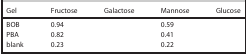
<table><thead><tr><td><b>Gel</b></td><td><b>Fructose</b></td><td><b>Galactose</b></td><td><b>Mannose</b></td><td><b>Glucose</b></td></tr></thead><tbody><tr><td>BOB</td><td>0.94</td><td>[EMPTY_CELL]</td><td>0.59</td><td>[EMPTY_CELL]</td></tr><tr><td>PBA</td><td>0.82</td><td>[EMPTY_CELL]</td><td>0.41</td><td>[EMPTY_CELL]</td></tr><tr><td>blank</td><td>0.23</td><td>[EMPTY_CELL]</td><td>0.22</td><td>[EMPTY_CELL]</td></tr></tbody></table>